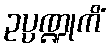
ဥပ္ပဏ္ဍုကိံ